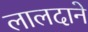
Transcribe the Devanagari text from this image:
लालदाने